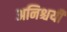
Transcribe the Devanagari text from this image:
अनिश्चयी